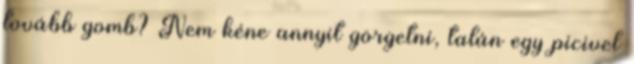
tovább gomb? Nem kéne annyit görgetni, talán egy picivel